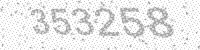
Solution: 353258